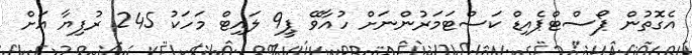
އެގޮތުން ޕޯސްޓްޕެއިޑް ކަސްޓަމަރުންނަށް ހުއާވޭ ޕީ9 ލައިޓް މަހަކު 245 ރުފިޔާ އަށް